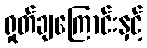
ရှုတ်ချကြောင်းနှင့်